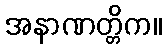
အနာဏတ္တိက။